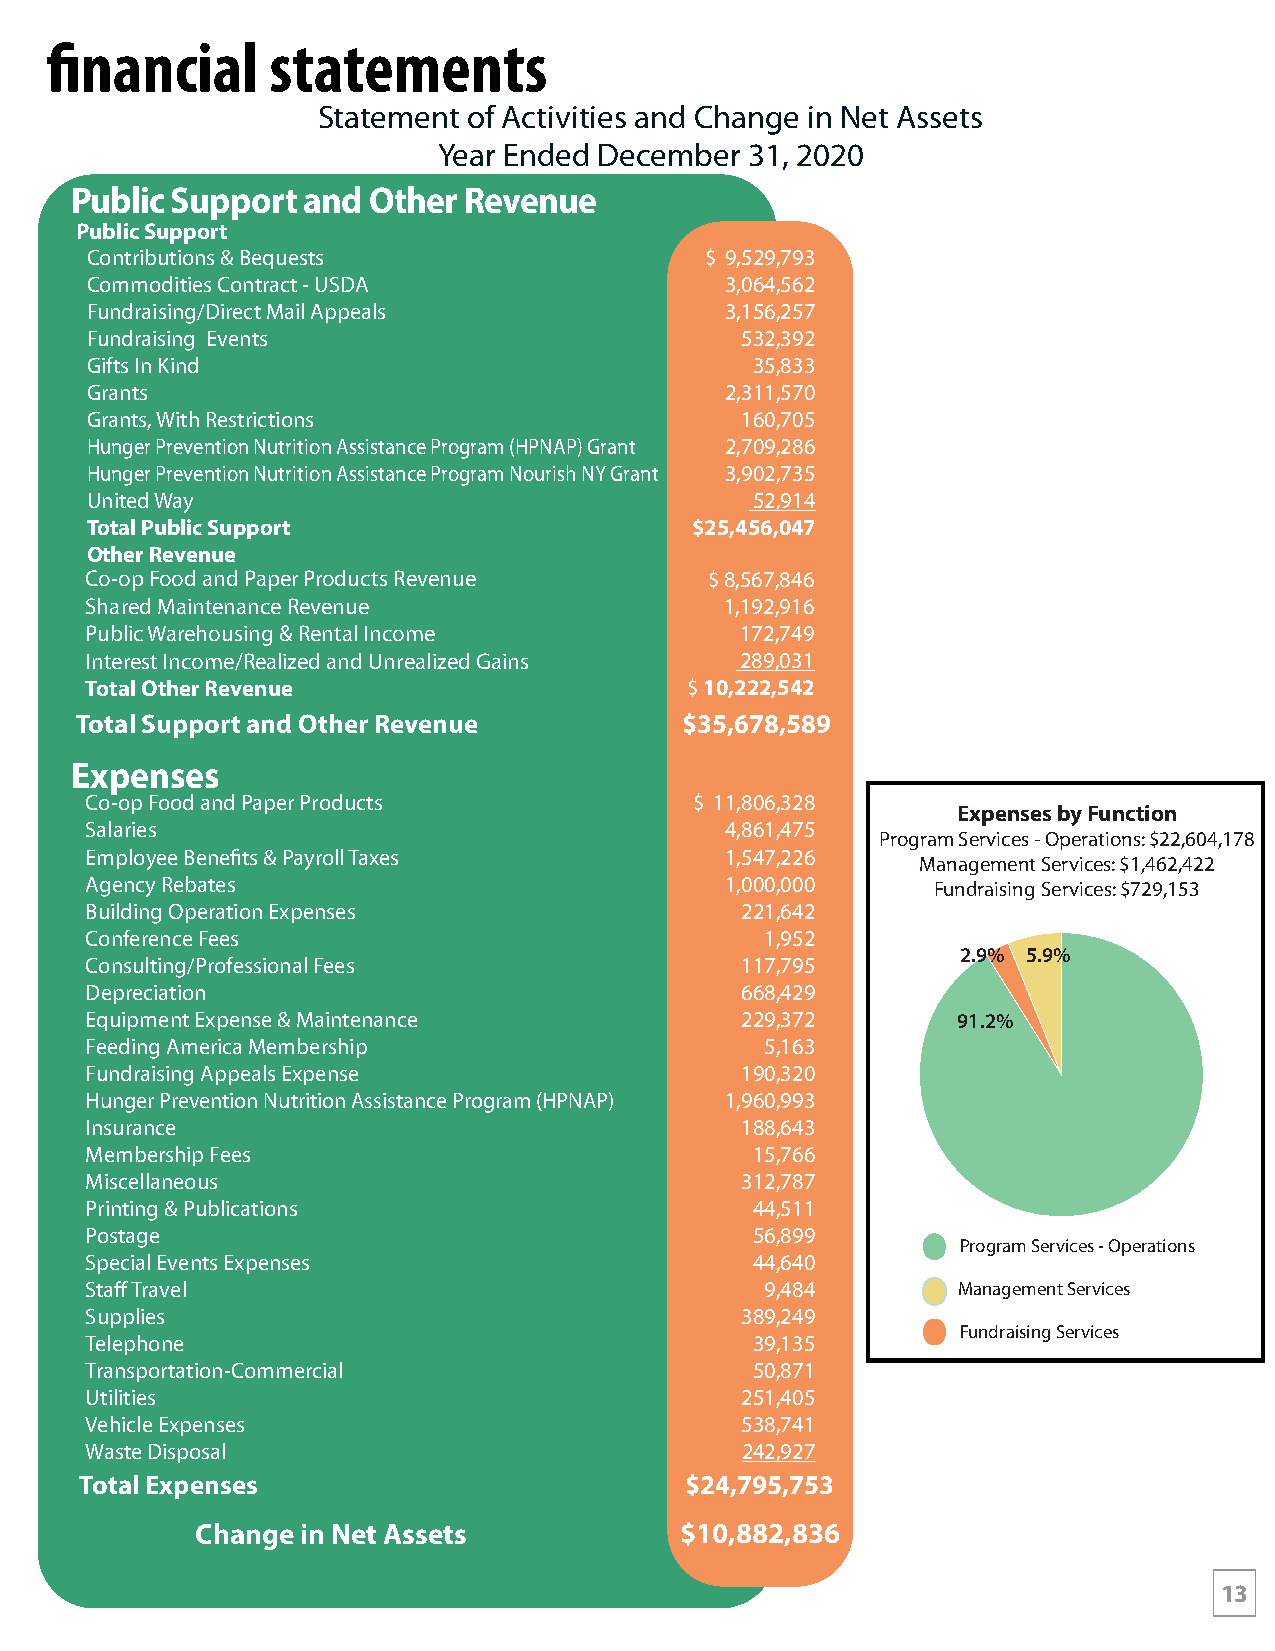
financial      statements
 Statement of Activities and Change in Net Assets
 Year Ended December  31, 2020
 Public Support and Other  Revenue
 Public Support
 Contributions & Bequests                 $ 9,529,793
 Commodities Contract - USDA               3,064,562
 Fundraising/Direct Mail Appeals           3,156,257
 Fundraising Events                         532,392
 Gifts In Kind                               35,833
 Grants                                    2,311,570
 Grants, With Restrictions                  160,705
 Hunger Prevention Nutrition Assistance Program (HPNAP) Grant 2,709,286
 Hunger Prevention Nutrition Assistance Program Nourish NY Grant 3,902,735
 United Way                                  52,914
 Total Public Support                    $25,456,047
 Other Revenue
 Co-op Food and Paper Products Revenue    $ 8,567,846
 Shared Maintenance Revenue                1,192,916
 Public Warehousing & Rental Income         172,749
 Interest Income/Realized and Unrealized Gains 289,031
 Total Other Revenue                    $ 10,222,542
 Total Support and Other Revenue         $35,678,589
 Expenses
 Co-op Food and Paper Products           $ 11,806,328
 Expenses by Function
 Salaries                                  4,861,475
 Program Services - Operations: $22,604,178
 Employee Benefits & Payroll Taxes         1,547,226
 Management Services: $1,462,422
 Agency Rebates                            1,000,000     Fundraising Services: $729,153
 Building Operation Expenses                221,642
 Conference Fees                              1,952
 2.9% 5.9%
 Consulting/Professional Fees               117,795
 Depreciation                               668,429
 Equipment Expense & Maintenance            229,372       91.2%
 Feeding America Membership                   5,163
 Fundraising Appeals Expense                190,320
 Hunger Prevention Nutrition Assistance Program (HPNAP) 1,960,993
 Insurance                                  188,643
 Membership Fees                             15,766
 Miscellaneous                              312,787
 Printing & Publications                     44,511
 Postage                                     56,899
 Program Services - Operations
 Special Events Expenses                     44,640
 Staff Travel                                 9,484       Management Services
 Supplies                                   389,249
 Fundraising Services
 Telephone                                   39,135
 Transportation-Commercial                   50,871
 Utilities                                  251,405
 Vehicle Expenses                           538,741
 Waste Disposal                             242,927
 Total Expenses                          $24,795,753
 Change in Net Assets            $10,882,836
 13